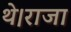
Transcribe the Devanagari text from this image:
थे।राजा